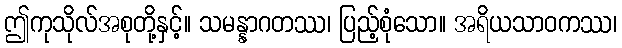
ဤကုသိုလ်အစုတို့နှင့်။ သမန္နာဂတဿ၊ ပြည့်စုံသော။ အရိယသာဝကဿ၊